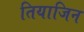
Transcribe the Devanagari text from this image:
तियाजिन